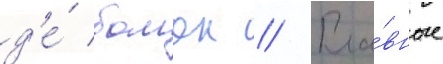
д'е́ бомон // Гла́вные